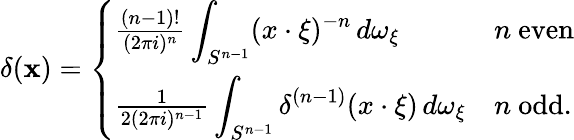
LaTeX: \delta(\mathbf{x})={\left\{ \begin{array}{ll}{{\frac{(n-1)!}{(2\pi i)^{n}}}\displaystyle\int_{S^{n-1}}(x\cdot\xi)^{-n}\, d\omega_{\xi}}&{n{\mathrm{~even}}}\\ {{\frac{1}{2(2\pi i)^{n-1}}}\displaystyle\int_{S^{n-1}}\delta^{(n-1)}(x\cdot\xi)\, d\omega_{\xi}}&{n{\mathrm{~odd}}.}\end{array}\right.}